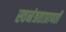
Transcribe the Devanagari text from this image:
स्वनंत्रताप्रापती